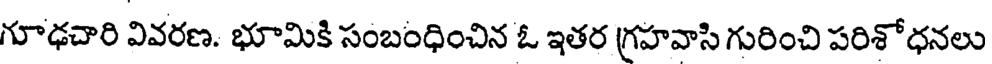
గూఢచారి వివరణ. భూమికి సంబంధించిన ఓ ఇతర గ్రహవాసి గురించి పరిశోధనలు